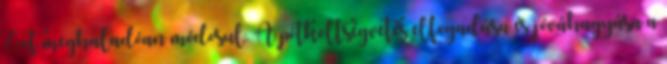
%-ot meghaladóan módosul. A pótköltségvetés elfogadása és jóváhagyása a